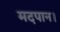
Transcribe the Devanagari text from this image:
मदपान।